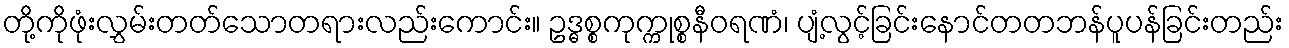
တို့ကိုဖုံးလွှမ်းတတ်သောတရားလည်းကောင်း။ ဥဒ္ဓစ္စကုက္ကုစ္စနီဝရဏံ၊ ပျံ့လွင့်ခြင်းနောင်တတဘန်ပူပန်ခြင်းတည်း